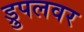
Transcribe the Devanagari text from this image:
ड्रुपलवर